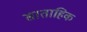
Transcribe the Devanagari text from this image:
साताहिक